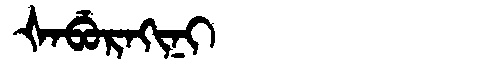
Manchu: ᡧᠠᠪᡠᡵᠠᡴᡳᠨᡳ
Romanization: ŠABURAKINI